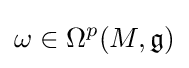
\omega \in \Omega ^{p}(M,{\mathfrak {g}})